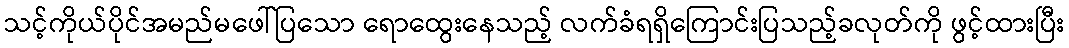
သင့်ကိုယ်ပိုင်အမည်မဖေါ်ပြသော ရောထွေးနေသည့် လက်ခံရရှိကြောင်းပြသည့်ခလုတ်ကို ဖွင့်ထားပြီး